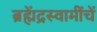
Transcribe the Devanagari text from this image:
ब्रह्मेंद्रस्वामींचें